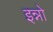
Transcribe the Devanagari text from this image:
इन्नो